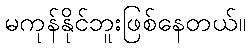
မကုန်နိုင်ဘူးဖြစ်နေတယ်။